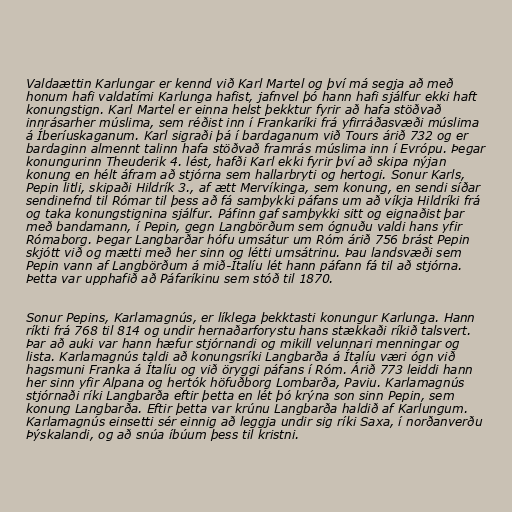
Valdaættin Karlungar er kennd við Karl Martel og því má segja að með
honum hafi valdatími Karlunga hafist, jafnvel þó hann hafi sjálfur ekki haft
konungstign. Karl Martel er einna helst þekktur fyrir að hafa stöðvað
innrásarher múslima, sem réðist inn í Frankaríki frá yfirráðasvæði múslima
á Íberíuskaganum. Karl sigraði þá í bardaganum við Tours árið 732 og er
bardaginn almennt talinn hafa stöðvað framrás múslima inn í Evrópu. Þegar
konungurinn Theuderik 4. lést, hafði Karl ekki fyrir því að skipa nýjan
konung en hélt áfram að stjórna sem hallarbryti og hertogi. Sonur Karls,
Pepin litli, skipaði Hildrík 3., af ætt Mervíkinga, sem konung, en sendi síðar
sendinefnd til Rómar til þess að fá samþykki páfans um að víkja Hildríki frá
og taka konungstignina sjálfur. Páfinn gaf samþykki sitt og eignaðist þar
með bandamann, í Pepin, gegn Langbörðum sem ógnuðu valdi hans yfir
Rómaborg. Þegar Langbarðar hófu umsátur um Róm árið 756 brást Pepin
skjótt við og mætti með her sinn og létti umsátrinu. Þau landsvæði sem
Pepin vann af Langbörðum á mið-Ítalíu lét hann páfann fá til að stjórna.
Þetta var upphafið að Páfaríkinu sem stóð til 1870.

Sonur Pepins, Karlamagnús, er líklega þekktasti konungur Karlunga. Hann
ríkti frá 768 til 814 og undir hernaðarforystu hans stækkaði ríkið talsvert.
Þar að auki var hann hæfur stjórnandi og mikill velunnari menningar og
lista. Karlamagnús taldi að konungsríki Langbarða á Ítalíu væri ógn við
hagsmuni Franka á Ítalíu og við öryggi páfans í Róm. Árið 773 leiddi hann
her sinn yfir Alpana og hertók höfuðborg Lombarða, Paviu. Karlamagnús
stjórnaði ríki Langbarða eftir þetta en lét þó krýna son sinn Pepin, sem
konung Langbarða. Eftir þetta var krúnu Langbarða haldið af Karlungum.
Karlamagnús einsetti sér einnig að leggja undir sig ríki Saxa, í norðanverðu
Þýskalandi, og að snúa íbúum þess til kristni.